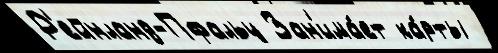
Р'ейнланд-Пфальц Зан'има́ет ка́рты